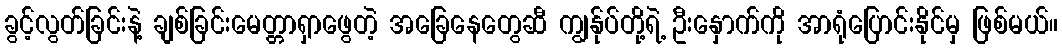
ခွင့်လွတ်ခြင်းနဲ့ ချစ်ခြင်းမေတ္တာရှာဖွေတဲ့ အခြေနေတွေဆီ ကျွန်ုပ်တို့ရဲ့ ဦးနှောက်ကို အာရုံပြောင်းနိုင်မှ ဖြစ်မယ်။